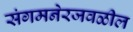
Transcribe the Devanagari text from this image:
संगमनेरजवळील